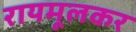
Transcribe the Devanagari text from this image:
रायमूलकर